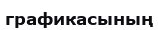
графикасының